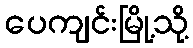
ပေကျင်းမြို့သို့